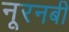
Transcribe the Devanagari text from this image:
नूरनबी